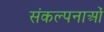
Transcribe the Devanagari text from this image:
संकल्‍पनाओं